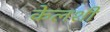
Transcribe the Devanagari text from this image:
केलशी